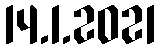
14.1.2021